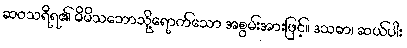
ဆဝသရီရ၏ မိမိသဘောသို့ရောက်သော အစွမ်းအားဖြင့်။ ဒသဓာ၊ ဆယ်ပါး